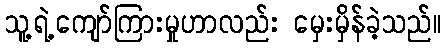
သူ့ရဲ့ကျော်ကြားမှုဟာလည်း မှေးမှိန်ခဲ့သည်။